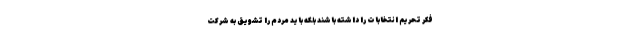
فکر تحریم انتخابات را داشته باشند بلکه باید مردم را تشویق به شرکت